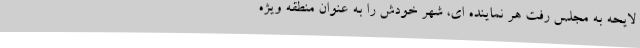
لایحه به مجلس رفت هر نماینده ای، شهر خودش را به عنوان منطقه ویژه